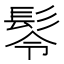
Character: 𩬔